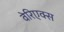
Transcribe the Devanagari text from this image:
वेरिएक्स